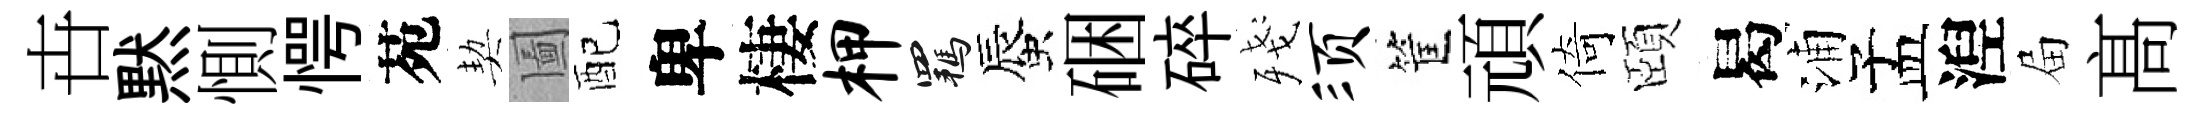
卋黙惻愕苑契圗配卑棲柙羈蜃硱碎殘须筐頑倚頤曷浦孟湼屇髙